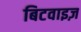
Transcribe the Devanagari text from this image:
बिटवाइज़